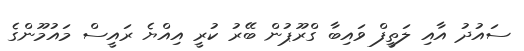
ސައުދު އާއި ލަތީފް ވައިބާ ގްރޫޕުން ބޭރު ކުރީ އިއްޔެ ރައީސް މައުމޫންގެ